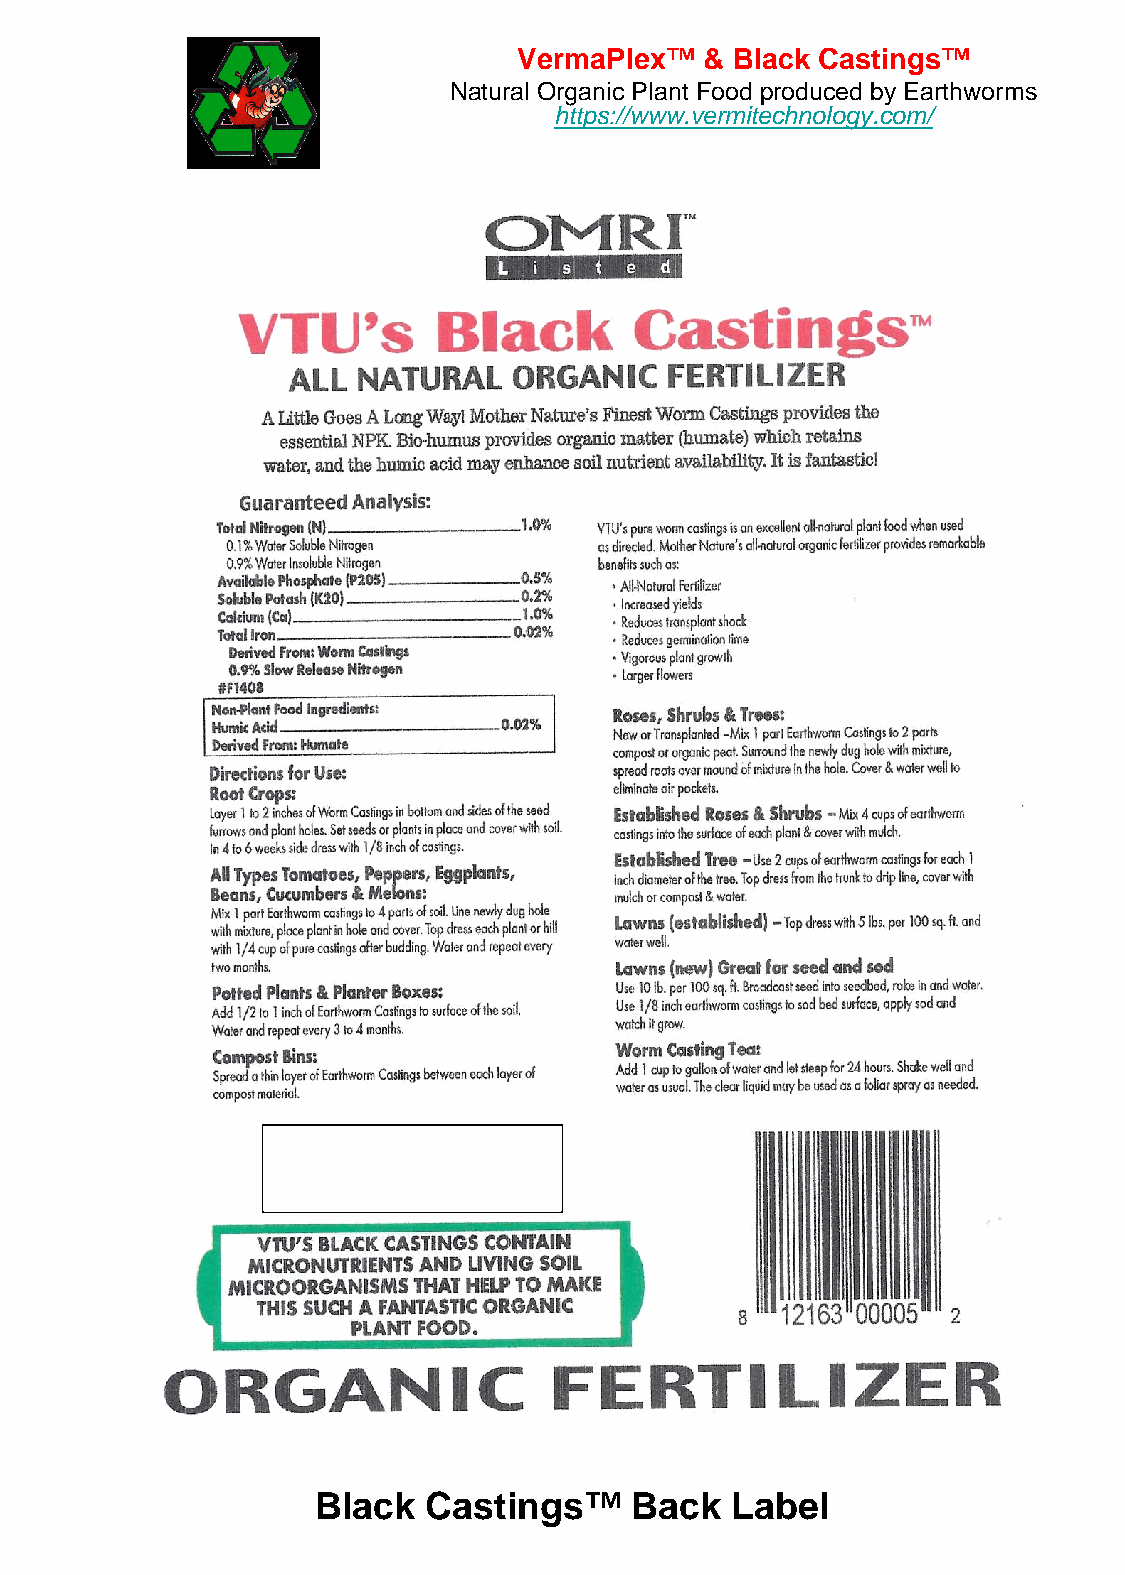
VermaPlex™   & Black Castings™
 Natural Organic Plant Food produced by Earthworms
 https://www.vermitechnology.com/
 Black  Castings™     Back  Label